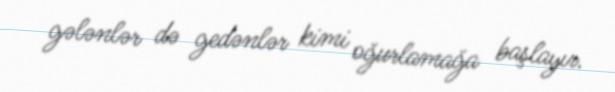
gələnlər də gedənlər kimi oğurlamağa başlayır.